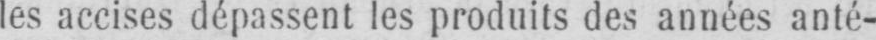
les accises dépassent les produits des années anté-